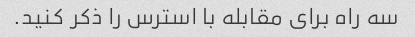
سه راه برای مقابله با استرس را ذکر کنید.